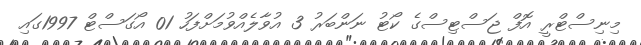
މިނިސްޓްރީ އޮފް ޖަސްޓިސްގެ ކޯޓު ނަންބަރު 3 އުވާލެއްވުމަށްފަހު 01 އޯގަސްޓް 1997ގައި